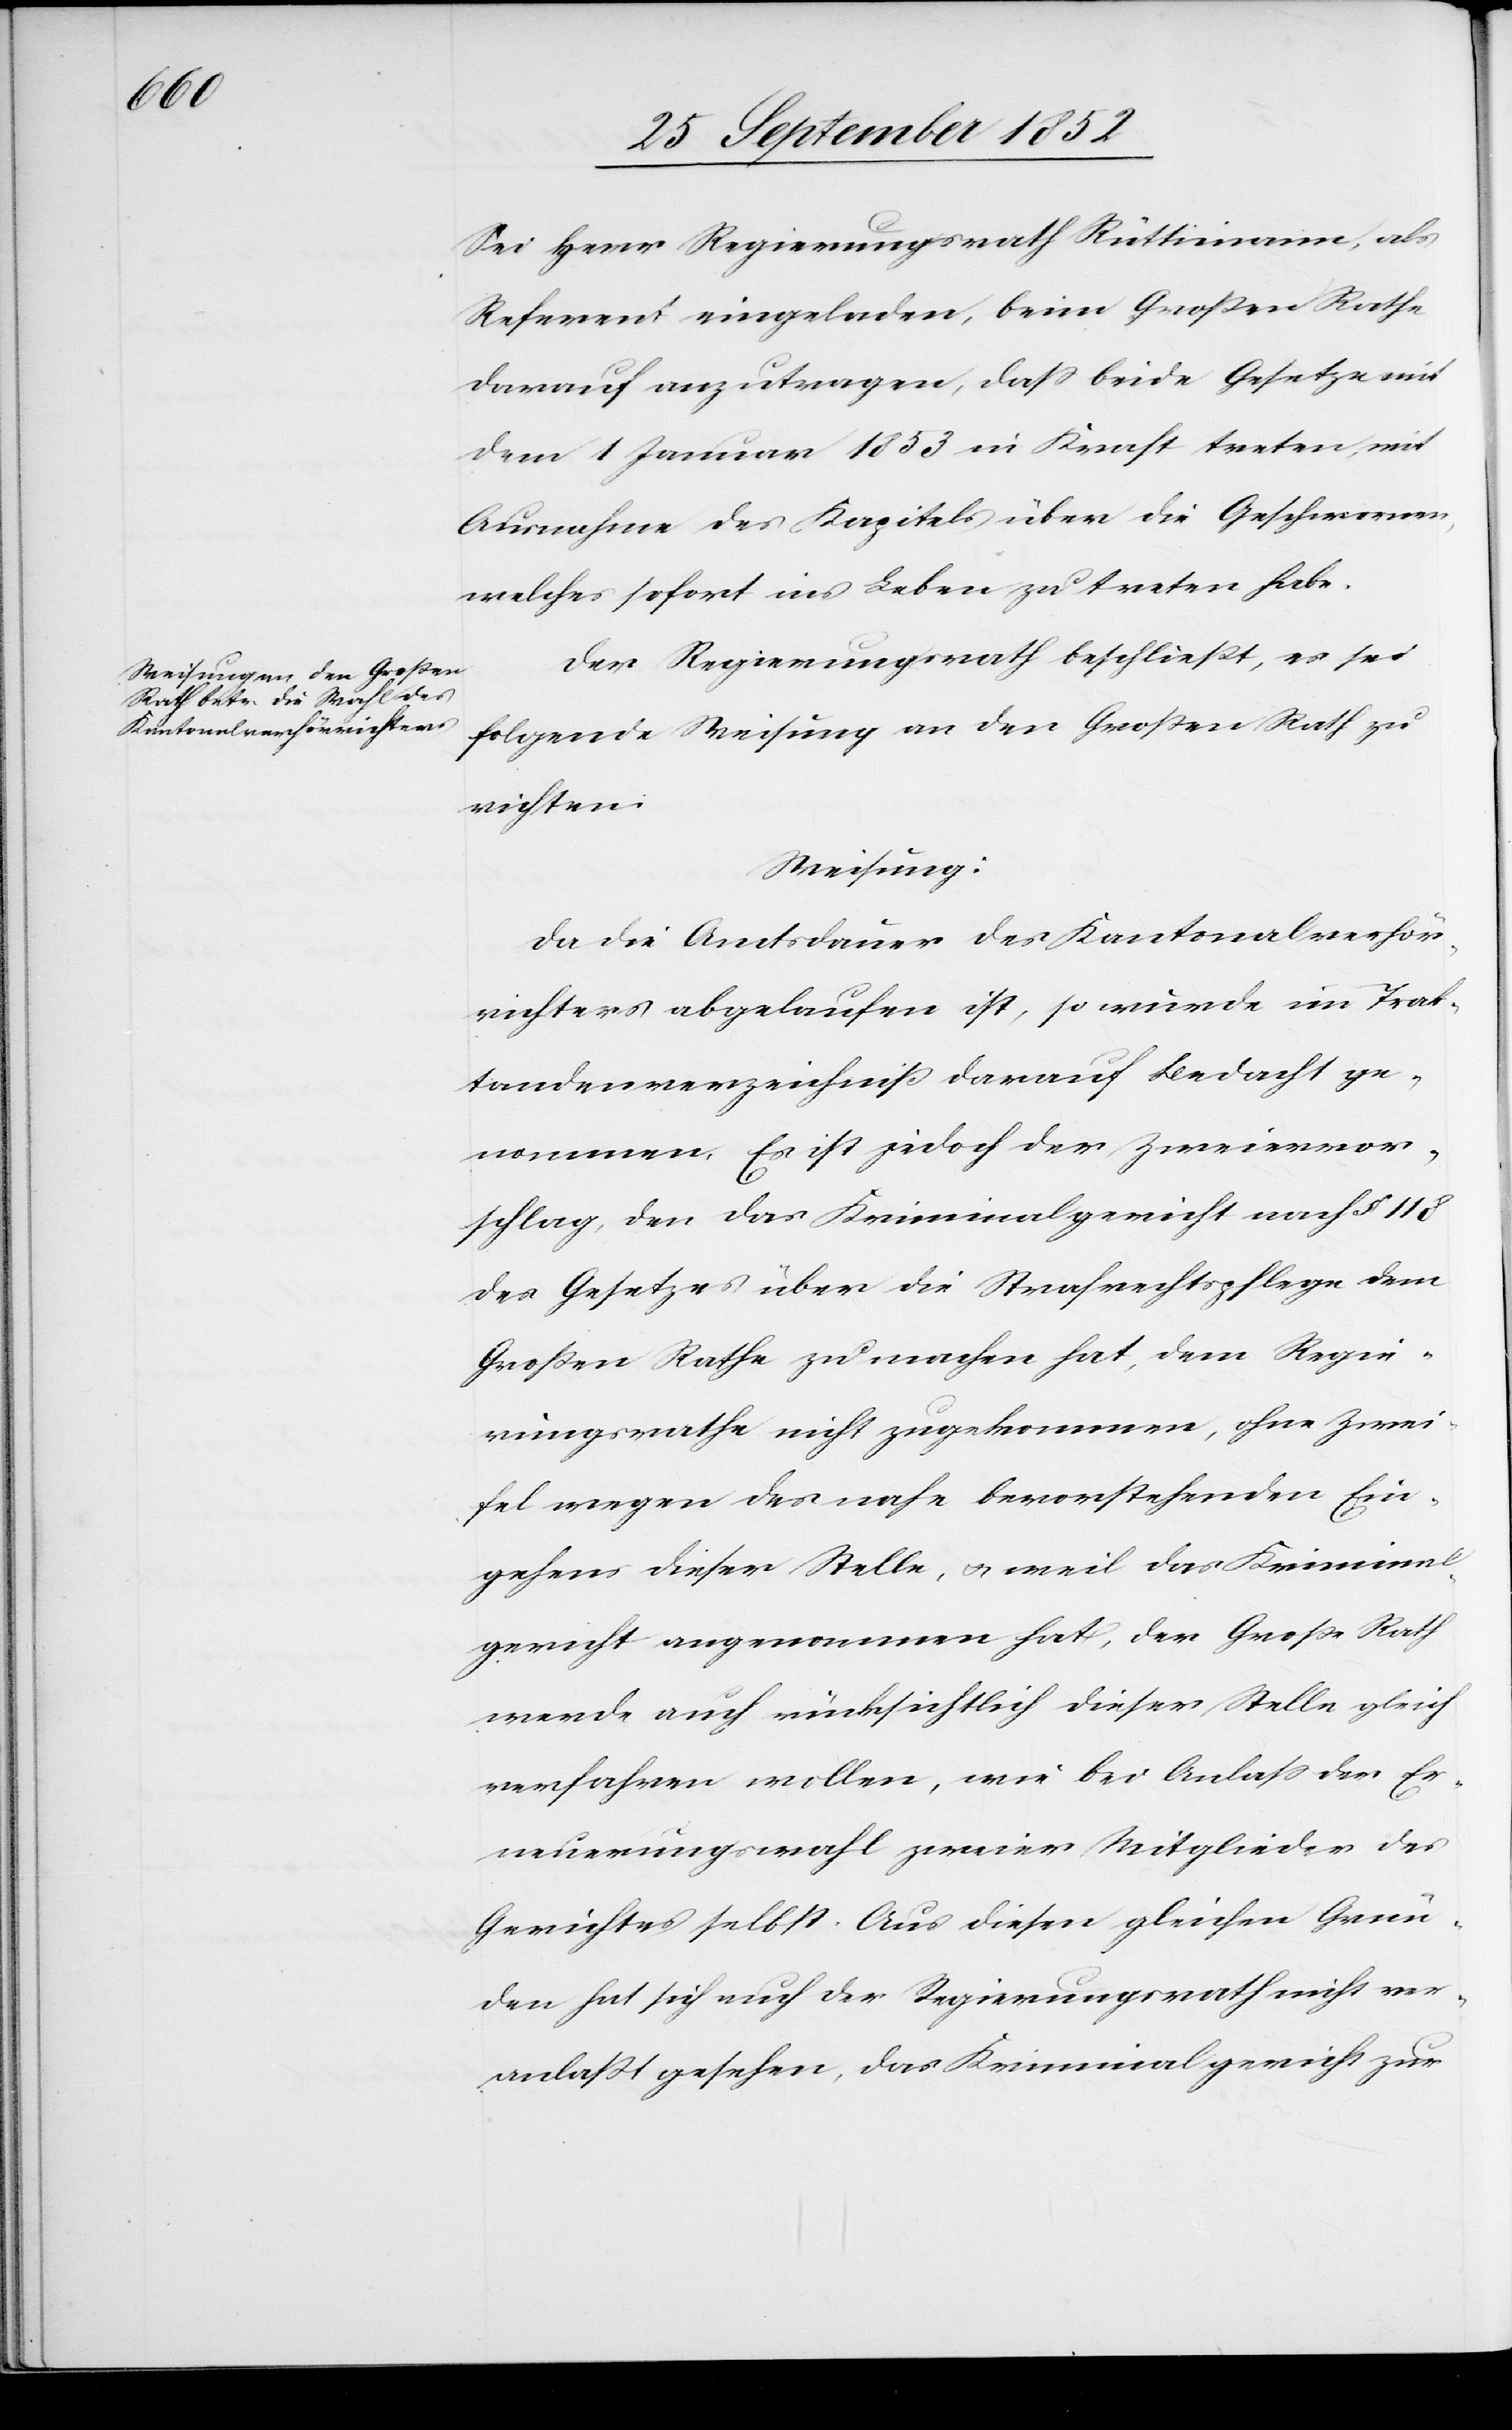
Sei Herr Regierungsrath Rüttimann, als
Referent eingeladen, beim Großen Rathe
darauf anzutragen, dass beide Gesetze mit
dem 1 Januar 1853 in Kraft treten, mit
Ausnahme des Kapitels über die Geschwornen,
welches sofort ins Leben zu treten habe.
Der Regierungsrath beschließt, es sei
folgende Weisung an den Großen Rath zu
richten:
Weisung:
Da die Amtsdauer des Kantonalverhör¬
richters abgelaufen ist, so wurde im Trak¬
tandenverzeichniß darauf Bedacht ge¬
nommen. Es ist jedoch der Zweiervor¬
schlag, den das Kriminalgericht nach § 118
des Gesetzes über die Strafrechtspflege dem
Großen Rathe zu machen hat, dem Regie¬
rungsrathe nicht zugekommen, ohne Zwei¬
fel wegen des nahe bevorstehenden Ein¬
gehens dieser Stelle, & weil das Kriminal¬
gericht angenommen hat, der Große Rath
werde auch rücksichtlich dieser Stelle gleich
verfahren wollen, wie bei Anlass der Er¬
neuerungswahl zweier Mitglieder des
Gerichtes selbst. Aus diesen gleichen Grün¬
den hat sich auch der Regierungsrath nicht ver¬
anlaßt gesehen, das Kriminalgericht zur